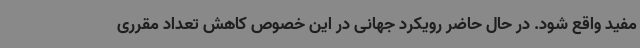
مفید واقع شود. در حال حاضر رویکرد جهانی در این خصوص کاهش تعداد مقرری